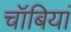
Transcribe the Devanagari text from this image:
चॉबियां